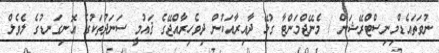
ނުވަތައެޑްމިނިސްޓްރޭޝަން / މެނޭޖްމަންޓާ ގުޅޭ ދާއިރާއަކުން ދިވެހިރާއްޖޭގެ ޤައުމީ ސަނަދުތަކުގެ އޮނިގަނޑުގެ ލެވެލް